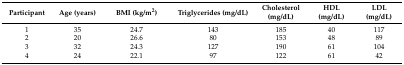
| Participant | Age (years) | BMI (kg/m2) | Triglycerides (mg/dL) | Cholesterol (mg/dL) | HDL (mg/dL) | LDL (mg/dL) |
 | --- | --- | --- | --- | --- | --- | --- |
 | 1 | 35 | 24.7 | 143 | 185 | 40 | 117 |
 | 2 | 20 | 26.6 | 80 | 153 | 48 | 89 |
 | 3 | 32 | 24.3 | 127 | 190 | 61 | 104 |
 | 4 | 24 | 22.1 | 97 | 122 | 61 | 42 |